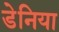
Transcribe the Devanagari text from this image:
डेनिया